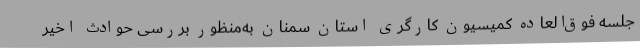
جلسه فوق‌العاده کمیسیون کارگری استان سمنان به‌منظور بررسی حوادث اخیر